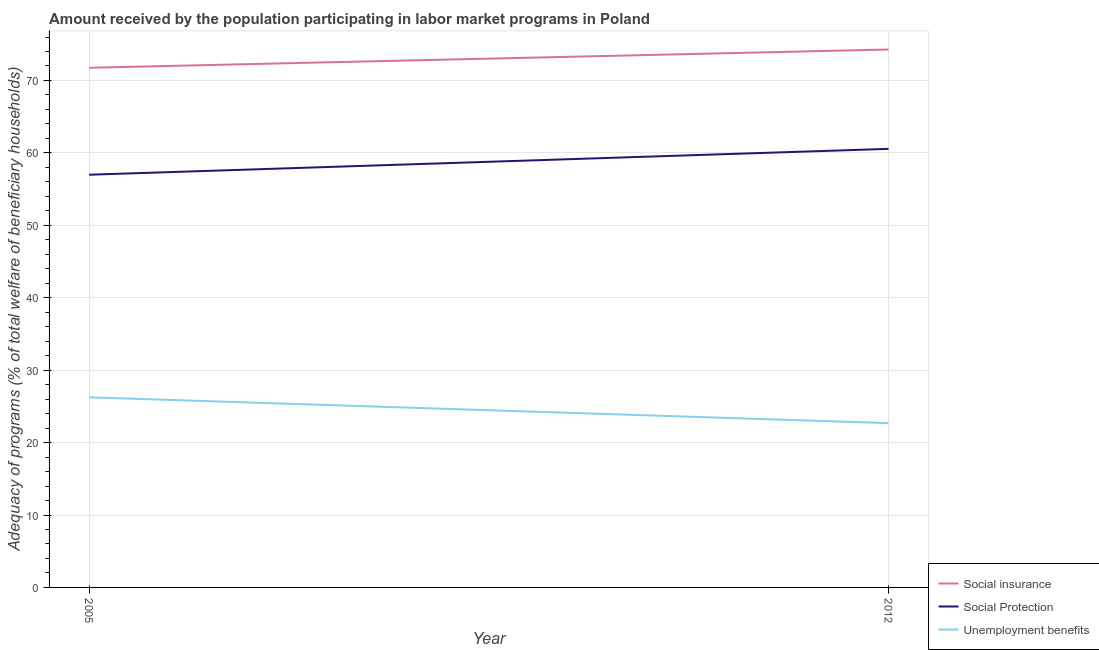
| Year | Social insurance | Social Protection | Unemployment benefits |
 | --- | --- | --- | --- |
 | 2005 | 71.8 | 57 | 26.3 |
 | 2012 | 74.3 | 60.6 | 22.7 |